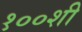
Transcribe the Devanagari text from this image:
१००शी